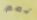
نعم